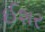
ઈશર